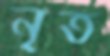
নৃত